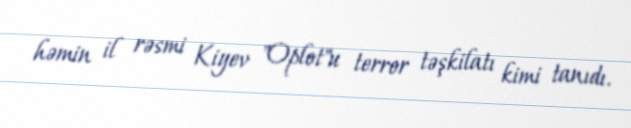
həmin il rəsmi Kiyev "Oplot"u terror təşkilatı kimi tanıdı.